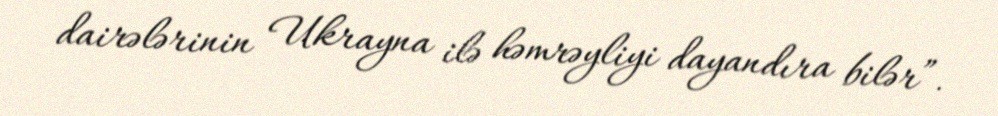
dairələrinin Ukrayna ilə həmrəyliyi dayandıra bilər”.